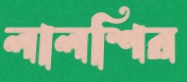
লালশির